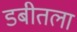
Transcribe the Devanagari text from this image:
डबीतला